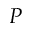
{ \cal P }